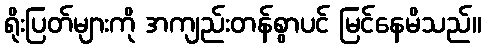
ရိုးပြတ်များကို အကျည်းတန်စွာပင် မြင်နေမိသည်။